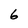
Character: 6